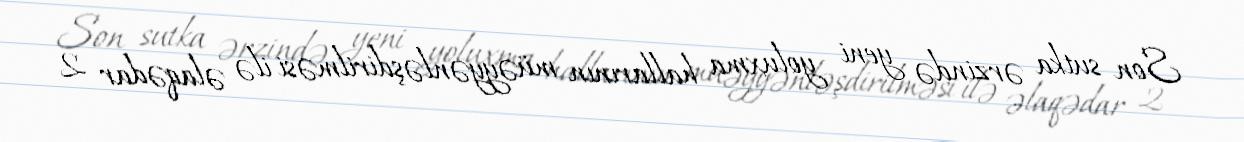
Son sutka ərzində yeni yoluxma hallarının müəyyənləşdirilməsi ilə əlaqədar 2